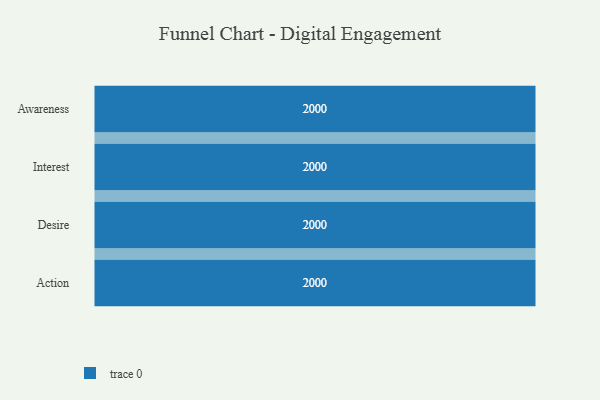
{"axis": {"x": "Stage", "y": "Value"}, "legend": [""], "data": [{"x": "Awareness", "y": 2000, "type": ""}, {"x": "Interest", "y": 2000, "type": ""}, {"x": "Desire", "y": 2000, "type": ""}, {"x": "Action", "y": 2000, "type": ""}]}